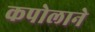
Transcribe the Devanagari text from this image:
कपोलाने